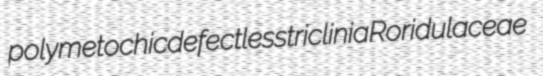
polymetochic defectless triclinia Roridulaceae